Annual administration report of the Civil Veterinary Department of India - 1896-1897
Year: 1896
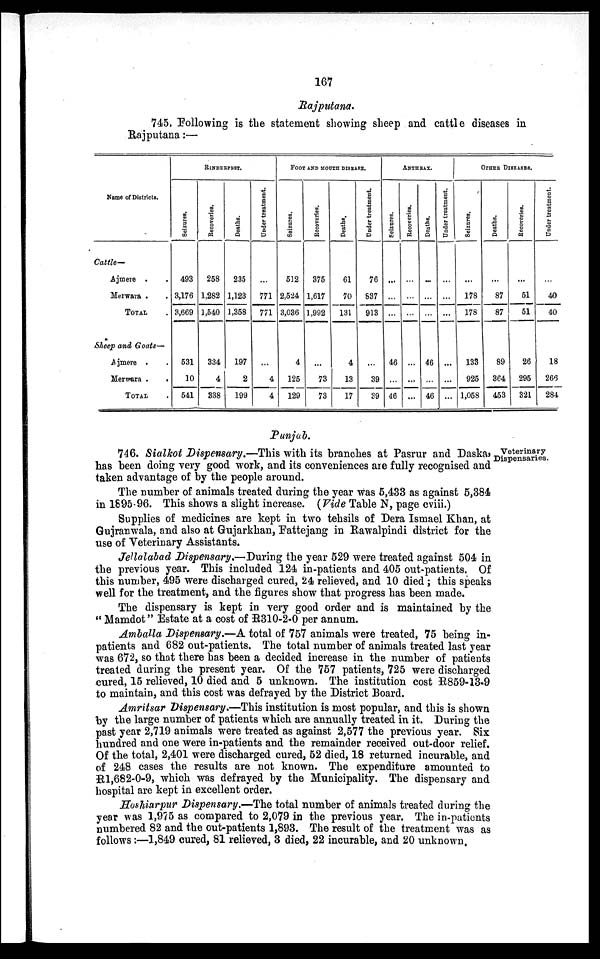
167
Rajputana.
745, Following is the statement showing sheep and cattle diseases in
Rajputana:—
Name of Districts.
Cattle—
Ajmere . .
Merwara . .
TOTAL .
Sheep and Goats—
Ajmere . .
Merwara . .
TOTAL .
RINDERPEST.
Seizures.
493
3,176
3,669
531
10
541
Recoveries.
258
1,282
1,540
334
4
338
Deaths.
235
1,123
1,358
197
2
199
Under treatment.
...
771
771
...
4
4
FOOT AND MOUTH DISEASE.
Seizures.
512
2,524
3,036
4
125
129
Recoveries.
375
1,617
1,992
...
73
73
Deaths.
61
70
131
4
13
17
Under treatment.
76
837
913
...
39
39
ANTHRAX.
Seizures.
...
...
...
46
...
46
Recoveries.
...
...
...
...
...
...
Deaths.
...
...
...
46
...
46
Under treatment.
...
...
...
...
...
...
OTHER DISEASES.
Seizures.
...
178
178
133
925
1,058
Deaths.
...
87
87
89
364
453
Recoveries.
...
51
51
26
295
321
Under treatment.
...
40
40
18
266
284
Punjab.
Veterinary
Dispensaries.
746. Sialkot Dispensary.—This with its branches at Pasrur and Daska,
has been doing very good work, and its conveniences are fully recognised and
taken advantage of by the people around.
The number of animals treated during the year was 5,433 as against 5,384
in 1895-96. This shows a slight increase. (Vide Table N, page cviii.)
Supplies of medicines are kept in two tehsils of Dera Ismael Khan, at
Gujranwala, and also at Gujarkhan, Fattejang in Rawalpindi district for the
use of Veterinary Assistants.
Jellalabad Dispensary.—During the year 529 were treated against 504 in
the previous year. This included 124 in-patients and 405 out-patients. Of
this number, 495 were discharged cured, 24 relieved, and 10 died; this speaks
well for the treatment, and the figures show that progress has been made.
The dispensary is kept in very good order and is maintained by the
"Mamdot" Estate at a cost of R310-2-0 per annum.
Amballa Dispensary.—A total of 757 animals were treated, 75 being in-
patients and 682 out-patients. The total number of animals treated last year
was 672, so that there has been a decided increase in the number of patients
treated during the present year. Of the 757 patients, 725 were discharged
cured, 15 relieved, 10 died and 5 unknown. The institution cost R859-13-9
to maintain, and this cost was defrayed by the District Board.
Amritsar Dispensary.—This institution is most popular, and this is shown
by the large number of patients which are annually treated in it. During the
past year 2,719 animals were treated as against 2,577 the previous year. Six
hundred and one were in-patients and the remainder received out-door relief.
Of the total, 2,401 were discharged cured, 52 died, 18 returned incurable, and
of 248 cases the results are not known. The expenditure amounted to
R1,682-0-9, which was defrayed by the Municipality. The dispensary and
hospital are kept in excellent order.
Hoshiarpur Dispensary.—The total number of animals treated during the
year was 1,975 as compared to 2,079 in the previous year. The in-patients
numbered 82 and the out-patients 1,893. The result of the treatment was as
follows:—1,849 cured, 81 relieved, 3 died, 22 incurable, and 20 unknown.